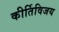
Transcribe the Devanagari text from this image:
कीर्तिविजय